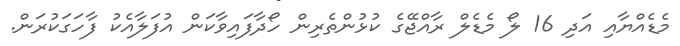
މެޑެއްޔާއި އަދި 16 ލޯ މެޑެލް ރާއްޖޭގެ ކުޅުންތެރިން ހޯދާފައިވާކަން އުފަލާއެކު ފާހަގަކުރަން.